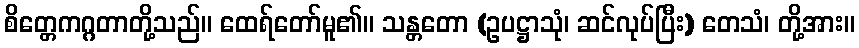
စိတ္တေကဂ္ဂတာတို့သည်။ ထေရ်တော်မူ၏။ သန္တတော (ဥပဋ္ဌာသုံ၊ ဆင်လုပ်ပြီး) တေသံ၊ တို့အား။